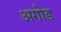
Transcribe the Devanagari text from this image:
अगोड